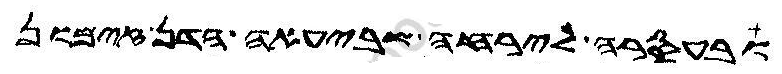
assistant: ובעסרה לירחה שביעאה הדן זימון